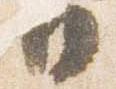
日